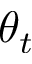
\theta _ { t }